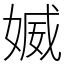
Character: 媙